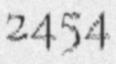
2454